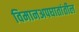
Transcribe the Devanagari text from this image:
विमानअपघातांतील